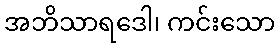
အဘိသာရဒေါ၊ ကင်းသော